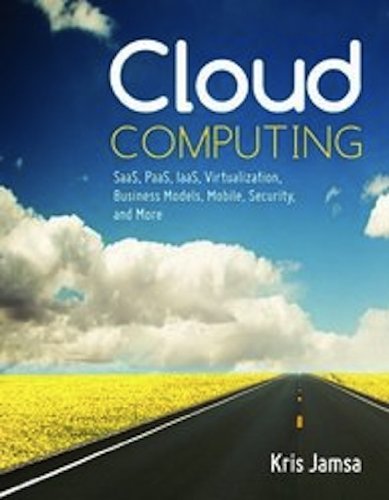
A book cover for Cloud Computing: SaaS, PaaS, IaaS, Virtualization, Business Models, Mobile, Security and More; Dr. Kris Jamsa; Computers & Technology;